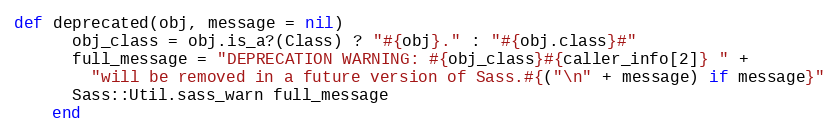
Language: Ruby
def deprecated(obj, message = nil)
      obj_class = obj.is_a?(Class) ? "#{obj}." : "#{obj.class}#"
      full_message = "DEPRECATION WARNING: #{obj_class}#{caller_info[2]} " +
        "will be removed in a future version of Sass.#{("\n" + message) if message}"
      Sass::Util.sass_warn full_message
    end